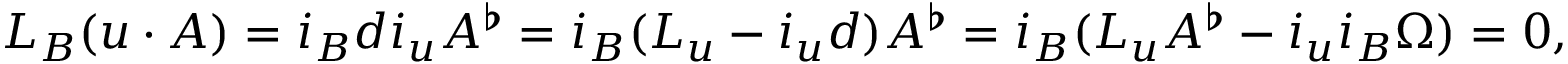
L _ { B } ( u \cdot A ) = i _ { B } d i _ { u } A ^ { \flat } = i _ { B } ( L _ { u } - i _ { u } d ) A ^ { \flat } = i _ { B } ( L _ { u } A ^ { \flat } - i _ { u } i _ { B } \Omega ) = 0 ,